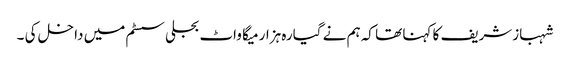
شہبازشریف کا کہنا تھا کہ ہم نے گیارہ ہزار میگا واٹ بجلی سسٹم میں داخل کی ۔